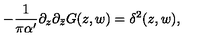
- \frac 1 { \pi \alpha ^ { \prime } } \partial _ { z } \partial _ { \bar { z } } G ( z , w ) = \delta ^ { 2 } ( z , w ) ,